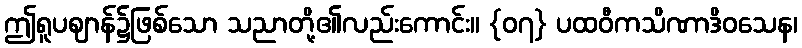
ဤရူပဈာန်၌ဖြစ်သော သညာတို့၏လည်းကောင်း။ {၀၇} ပထဝီကသိဏာဒိဝသေန၊